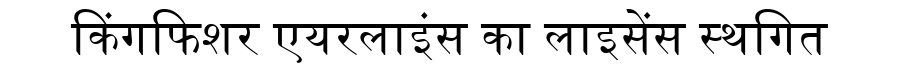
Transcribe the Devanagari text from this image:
किंगफिशर एयरलाइंस का लाइसेंस स्थगित